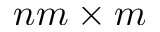
n m \times m